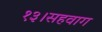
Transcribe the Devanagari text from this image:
१३।सहवाग